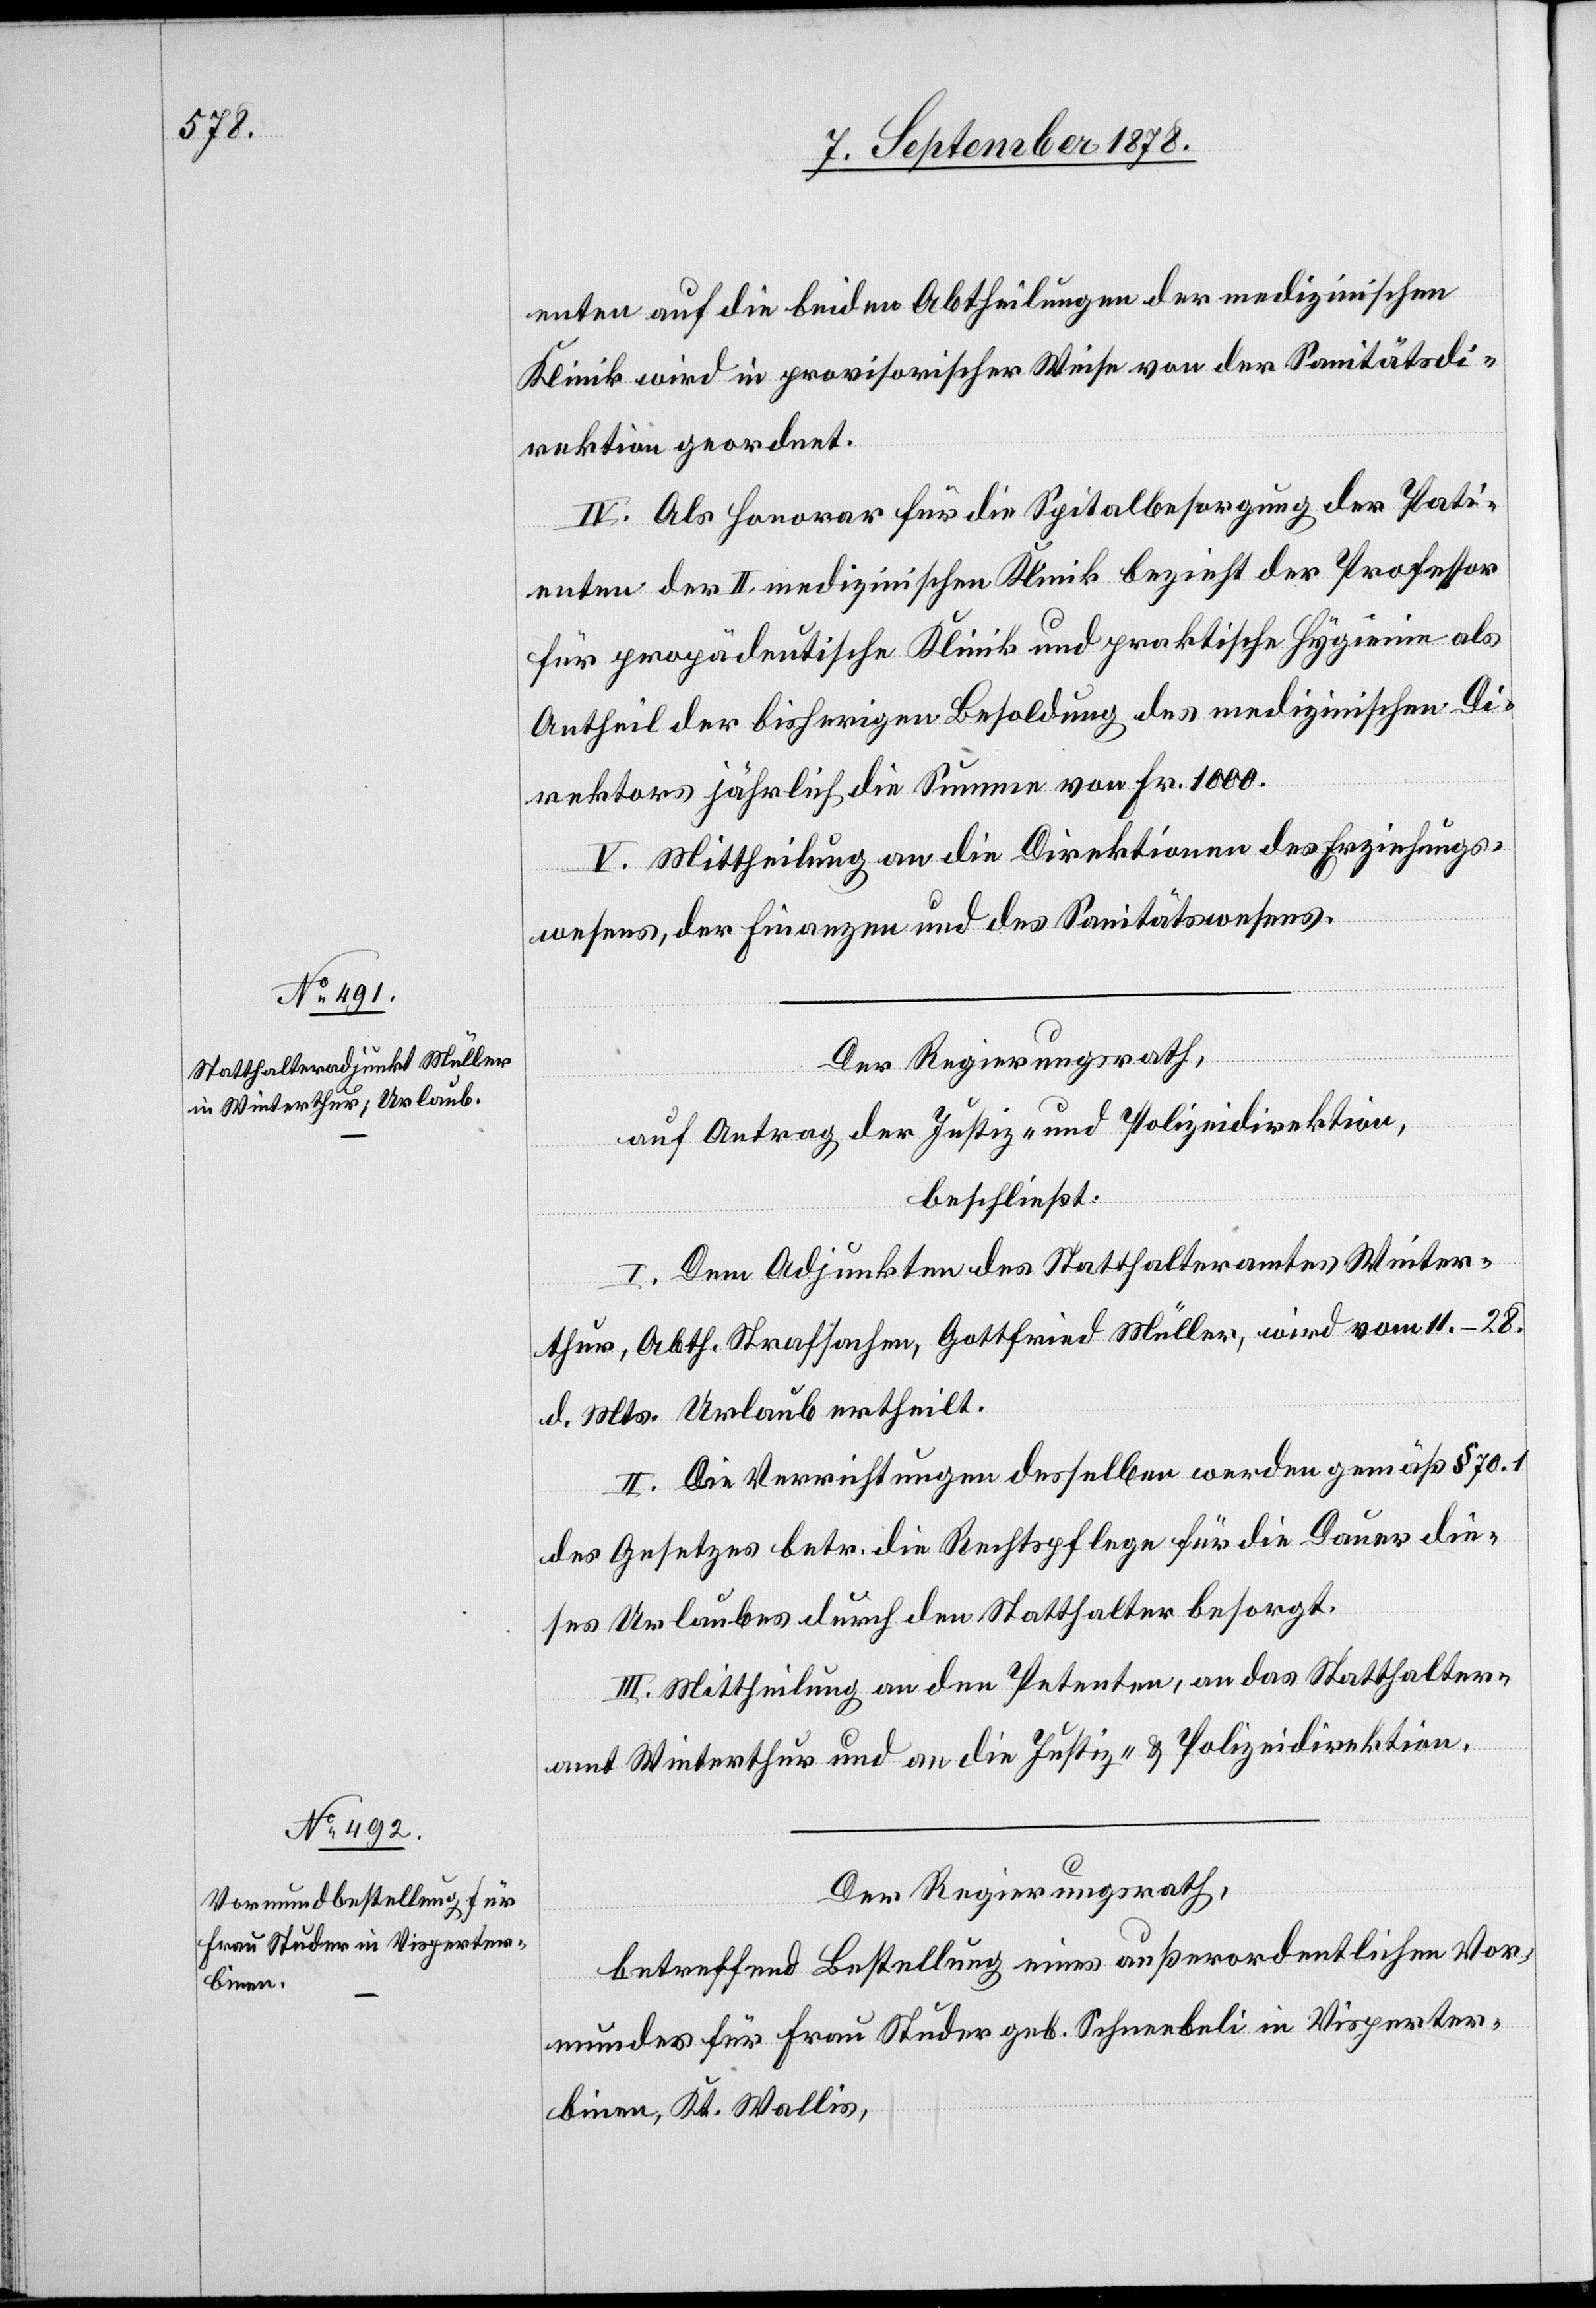
enten auf die beiden Abtheilungen der medizinischen
Klinik wird in provisorischer Weise von der Sanitätsdi¬
rektion geordnet.
IV. Als Honorar für die Spitalbesorgung der Pati¬
enten der II. medizinischen Klinik bezieht der Professor
für propädeutische Klinik und praktische Hygieine als
Antheil der bisherigen Besoldung des medizinischen Di¬
rektors jährlich die Summe von Fr. 1000.
V. Mittheilung an die Direktion des Erziehungs¬
wesens, der Finanzen und des Sanitätswesens.
Der Regierungsrath,
auf Antrag der Justiz- & Polizeidirektion,
beschließt:
I. Dem Adjunkten des Statthalteramtes Winter¬
thur, Abth. Strafsachen, Gottfried Müller, wird vom 11.–28.
d. Mts. Urlaub ertheilt.
II. Die Verrichtungen desselben werden gemäß § 70.1
des Gesetzes betr. die Rechtspflege für die Dauer die¬
ses Urlaubes durch den Statthalter besorgt.
III. Mittheilung an den Petenten, an das Statthalter¬
amt Winterthur und an die Justiz- & Polizeidirektion.
Der Regierungsrath,
betreffend Bestellung eines außerordentlichen Vor¬
mundes für Frau Studer geb. Schnebeli in Visperter¬
binen, Kt. Wallis,